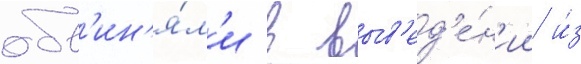
обв'ин'я́л'и в выв'ед'е́н'ии и́з